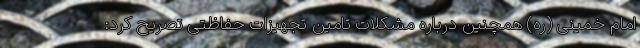
امام خمینی (ره) همچنین درباره مشکلات تامین تجهیزات حفاظتی تصریح کرد: